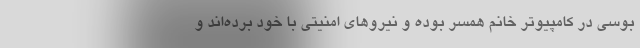
بوسی در کامپیوتر خانم همسر بوده و نیروهای امنیتی با خود برده‌اند و